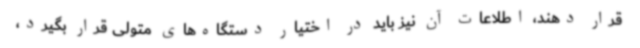
قرار دهند، اطلاعات آن نیز باید در اختیار دستگاه‌های متولی قرار بگیرد،